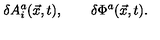
\delta A _ { i } ^ { a } ( \vec { x } , t ) , \qquad \delta \Phi ^ { a } ( \vec { x } , t ) .